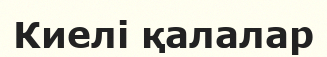
Киелі қалалар